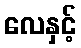
လေနှင့်